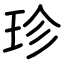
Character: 珍